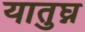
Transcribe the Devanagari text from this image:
यातुघ्न